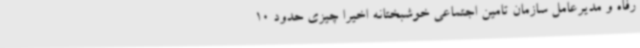
رفاه و مدیرعامل سازمان تامین اجتماعی خوشبختانه اخیرا چیزی حدود 10